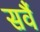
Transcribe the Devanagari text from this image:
सर्वै